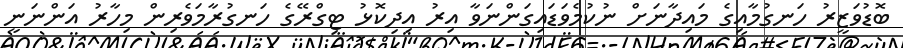
ބޮޑުވަޒީރު ހަނގުމާއިގެ މައިދާނަށް ނުކުމެވަޑައިގަންނަވާ އިރު އިދިކޮޅު ޓިގްރޭގެ ހަނގުރާމަވެރިން މިހާރު އަންނަނީ